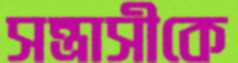
সন্ত্রাসীকে